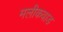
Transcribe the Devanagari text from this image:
मलीकवाड